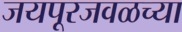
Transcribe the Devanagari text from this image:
जयपूरजवळच्या